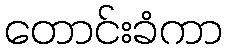
တောင်းခံကာ